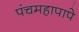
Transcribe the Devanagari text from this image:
पंचमहापापे